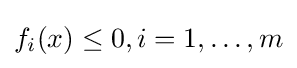
f_{i}(x)\leq 0,i=1,\ldots ,m